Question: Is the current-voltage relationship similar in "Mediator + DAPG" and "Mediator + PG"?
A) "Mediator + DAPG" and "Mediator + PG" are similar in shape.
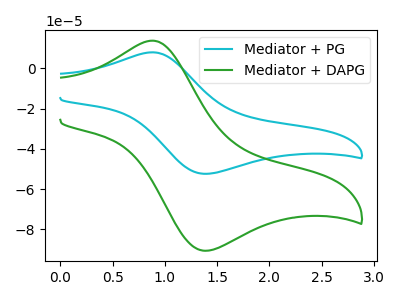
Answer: <think>The cyan curve "Mediator + PG" has an anodic peak at (0.90V, 7.95uA) and a cathodic peak at (1.40V, -52.40uA). The green curve "Mediator + DAPG" has an anodic peak at (0.90V, 13.70uA) and a cathodic peak at (1.40V, -90.60uA).
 All the peaks in "Mediator + DAPG" have a peak in "Mediator + PG" at the same potential. Every peak in "Mediator + DAPG" is higher than every peak in "Mediator + PG".</think>
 <answer>A) "Mediator + DAPG" and "Mediator + PG" are similar in shape.</answer>
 <eval>A</eval>